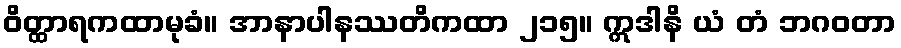
ဝိတ္ထာရကထာမုခံ။ အာနာပါနဿတိကထာ ၂၁၅။ ဣဒါနိ ယံ တံ ဘဂဝတာ